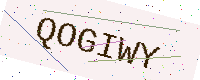
Text: QOGIWY